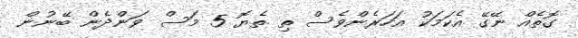
ގޮތެއް ނޭގޭ އެކަމަކު އަހަރެންވެސް ތި ތެޔޮ 5 މަސް ވަންދެން ބޭނުން